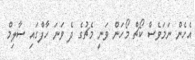
އެހެން ނަމަވެސް ކޯޗް މޯހަން ވަނީ މެޗުގެ ދެ ވަނަ ހާފްގައި ސާލިމް